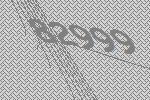
82999